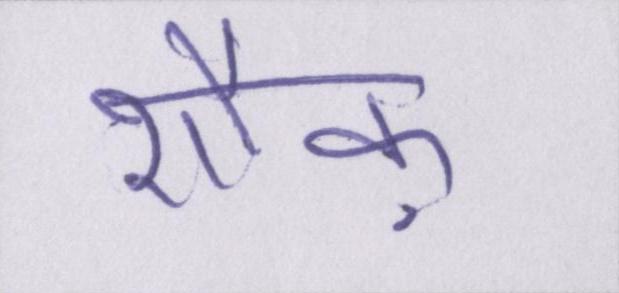
शौक़